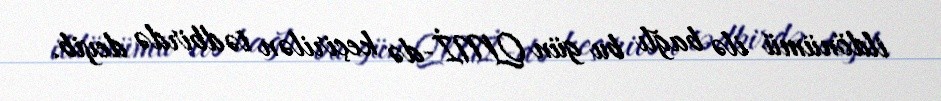
ildönümü ilə bağlı bu gün QMİ-də keçirilən tədbirdə deyib.